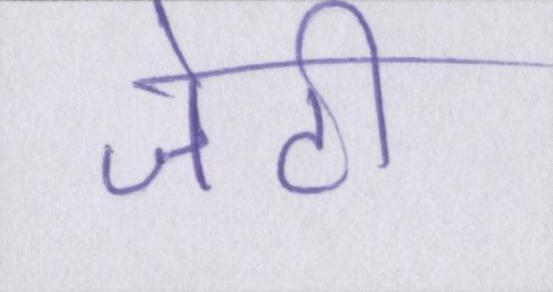
जेटी